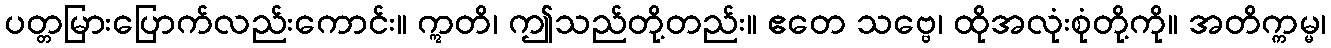
ပတ္တမြားပြောက်လည်းကောင်း။ ဣတိ၊ ဤသည်တို့တည်း။ ဧတေ သဗ္ဗေ၊ ထိုအလုံးစုံတို့ကို။ အတိက္ကမ္မ၊